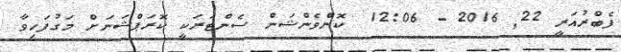
ފެބްރުއަރީ 22